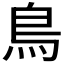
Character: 鳥